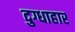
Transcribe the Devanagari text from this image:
दुग्धाहार